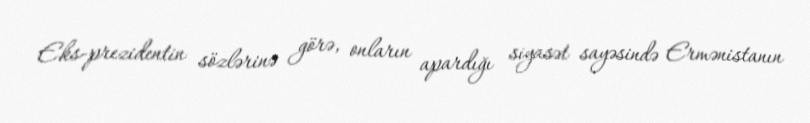
Eks-prezidentin sözlərinə görə, onların apardığı siyasət sayəsində Ermənistanın